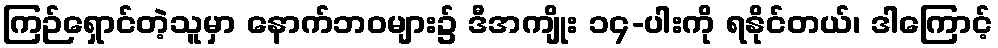
ကြဉ်ရှောင်တဲ့သူမှာ နောက်ဘဝများ၌ ဒီအကျိုး ၁၄-ပါးကို ရနိုင်တယ်၊ ဒါကြောင့်